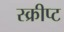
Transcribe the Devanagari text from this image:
स्क्रीप्ट